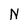
Character: N